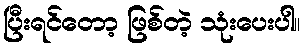
ပြီးရင်တော့ ဖြစ်တဲ့ သုံးပေးပါ။